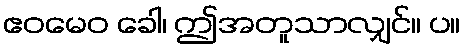
ဧဝမေဝ ခေါ၊ ဤအတူသာလျှင်။ ပ။